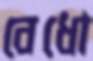
বেধো